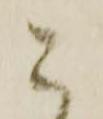
こ